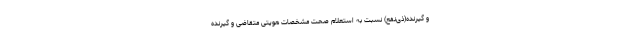
و گیرنده(ذی‌نفع) نسبت به استعلام صحت مشخصات هویتی متقاضی و گیرنده